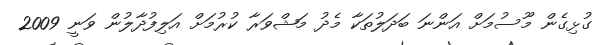
ގުޅިގެން މޫސުމަށް އަންނަ ބަދަލުތަކާ މެދު މަޝްވަރާ ކުރުމަށް އަލިފުދާލުން ވަނީ 2009